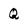
Character: Q